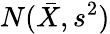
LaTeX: N({\bar{X}},s^{2})